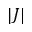
| J |